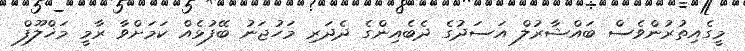
މީގެއިތުރުންވެސް ބައްޝާރުލް އަސަދުގެ ދެބެއިންގެ ދެދަރި މަހުޖަނު ބޭފުޅެއް ކަމަށްވާ ރާމީ މަޚްލޫފް